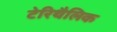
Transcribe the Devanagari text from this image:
टेरिथैलिक